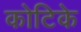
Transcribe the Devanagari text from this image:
कोटिके